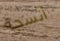
أنسجة